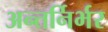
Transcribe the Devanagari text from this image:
अन्तर्निर्भर